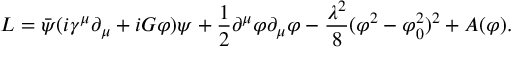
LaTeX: L = \bar { \psi } ( i \gamma ^ { \mu } \partial _ { \mu } + i G \varphi ) \psi + \frac 1 2 \partial ^ { \mu } \varphi \partial _ { \mu } \varphi - \frac { \lambda ^ { 2 } } 8 ( \varphi ^ { 2 } - \varphi _ { 0 } ^ { 2 } ) ^ { 2 } + A ( \varphi ) .